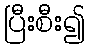
ပြီးစီး၍